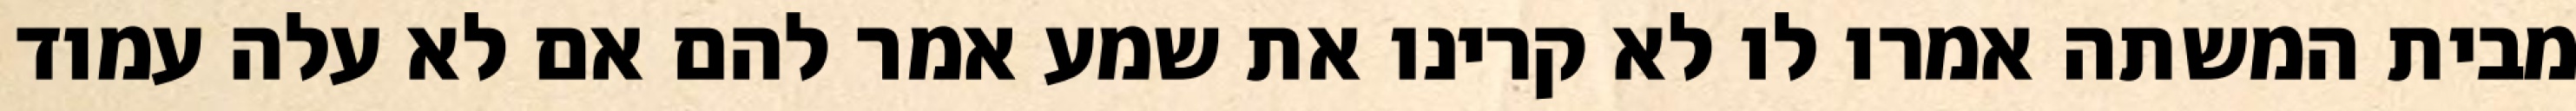
מבית המשתה אמרו לו לא קרינו את שמע אמר להם אם לא עלה עמוד